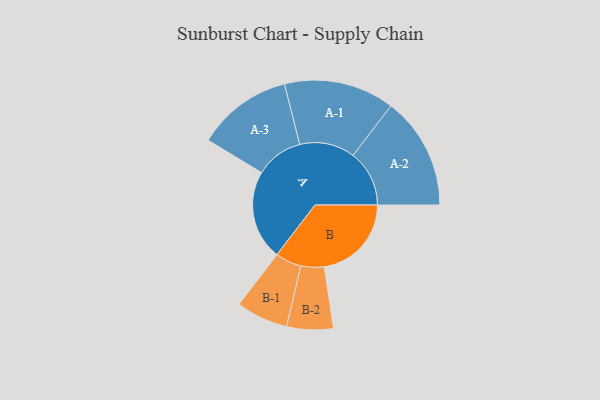
{"axis": {"x": "Segment", "y": "Value"}, "legend": ["", "A", "B"], "data": [{"x": "A", "y": 475, "type": ""}, {"x": "B", "y": 462, "type": ""}, {"x": "A-1", "y": 293, "type": "A"}, {"x": "A-2", "y": 298, "type": "A"}, {"x": "A-3", "y": 253, "type": "A"}, {"x": "B-1", "y": 138, "type": "B"}, {"x": "B-2", "y": 123, "type": "B"}]}